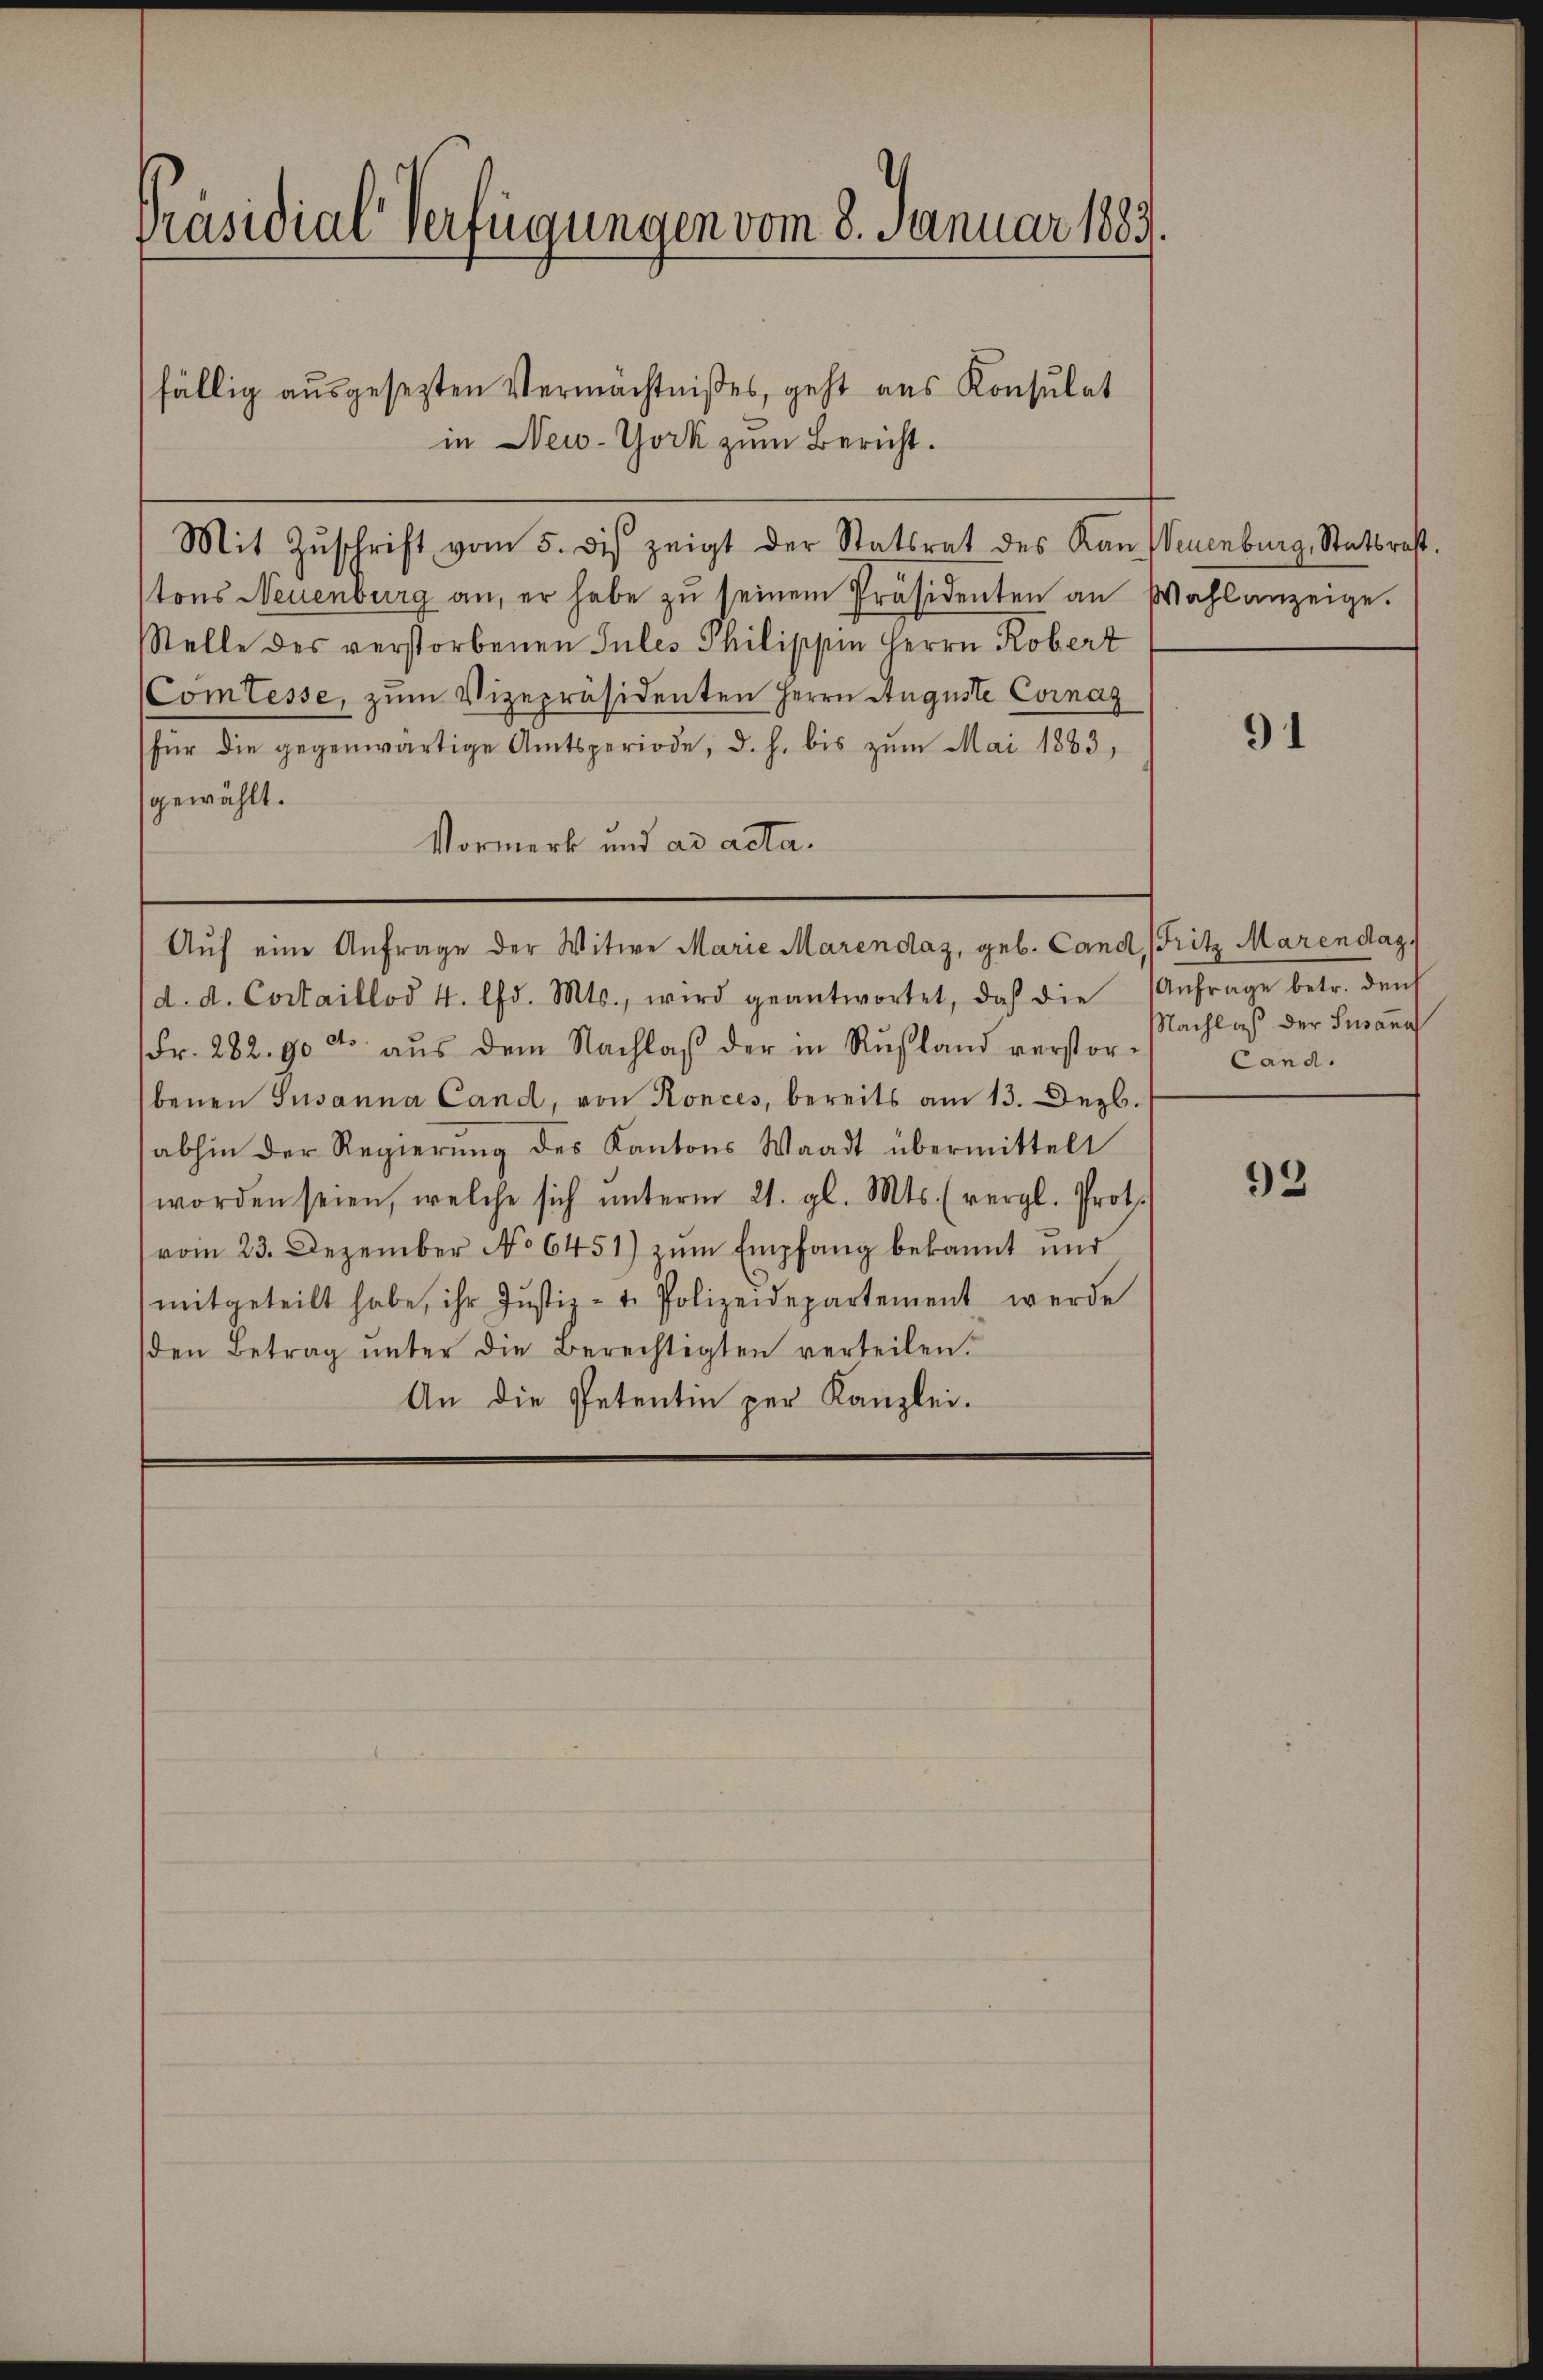
Präsidial-Verfügungen vom 8. Januar 1883.

fällig ausgesezten Vermächtnißes, geht aus Konsulat
in New-York zum Bericht.
Mit Zŭschrift vom 5. des zeigt der Statsrat des Kan Neuenburg, Statsrest.
tons Neuenburg an, er habe zŭ seinem Präsidenten an Wahlanzeige.
Stelle des verstorbenen Jules Philippin Herrn Robert
Comtesse, zum Vizepräsidenten Herrn Auguste Cornag
für die gegenwärtige Amtsperiode, d. h. bis zŭm Mai 1883,
gewählt.
Vormerk und ad acta.
Aŭf eine Anfrage der Witwe Marie Marendaz, geb. Cand, Fritz Marendaz
(d. d. Costaillod 4. lfd. Mts., wird geantwortet, daß die Anfrage betr. den
Fr. 282. 90 dto aŭs dem Nachlaβ der in Rußland verstor-
benen Susanna Cand, von Konces, bereits am 13. Dezb.
abhin der Regierŭng des Kantons Waadt übermittelt
worden seien, welche sich ŭnterm 21. gl. Mts. (vergl. Prot.
vom 23. Dezember No 6451) zŭm Empfang bekannt und
mitgeteilt habe, ihr Jŭstiz- u. Polizeidepartement werde
den Betrag unter die Berechtigten verteilen.
An die Petentin per Kanzlei.

91

Nachlaß der Susann
Cand.

93